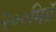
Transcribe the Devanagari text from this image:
२००मिग्रॅ